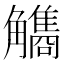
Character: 𧥏